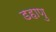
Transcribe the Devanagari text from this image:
डहाणु